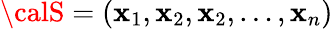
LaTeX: {\calS}=(\mathbf{x}_{1},\mathbf{x}_{2},\mathbf{x}_{2},\dots,\mathbf{x}_{n})